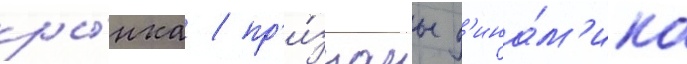
ры́нка / пр'и́знаны д'ина́м'ика